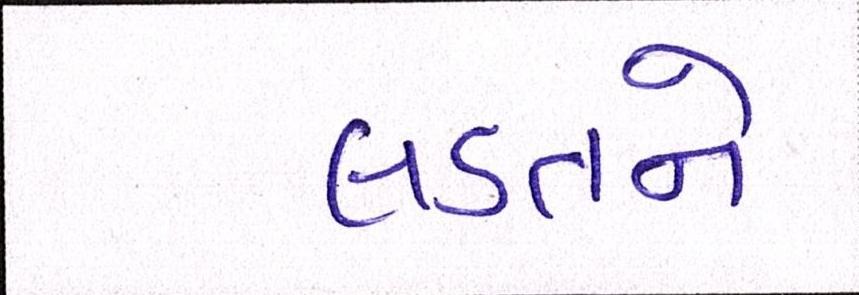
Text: લડતને